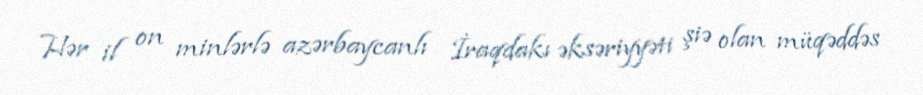
Hər il on minlərlə azərbaycanlı İraqdakı əksəriyyəti şiə olan müqəddəs